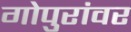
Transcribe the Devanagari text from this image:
गोपुरांवर